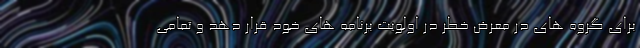
برای گروه های در معرض خطر در اولویت برنامه های خود قرار دهد و تمامی